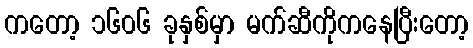
ကတော့ ၁၆၀၆ ခုနှစ်မှာ မက်ဆီကိုကနေပြီးတော့